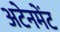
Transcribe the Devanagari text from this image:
अटेनमेंट